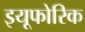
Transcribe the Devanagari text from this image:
इयूफोरिक